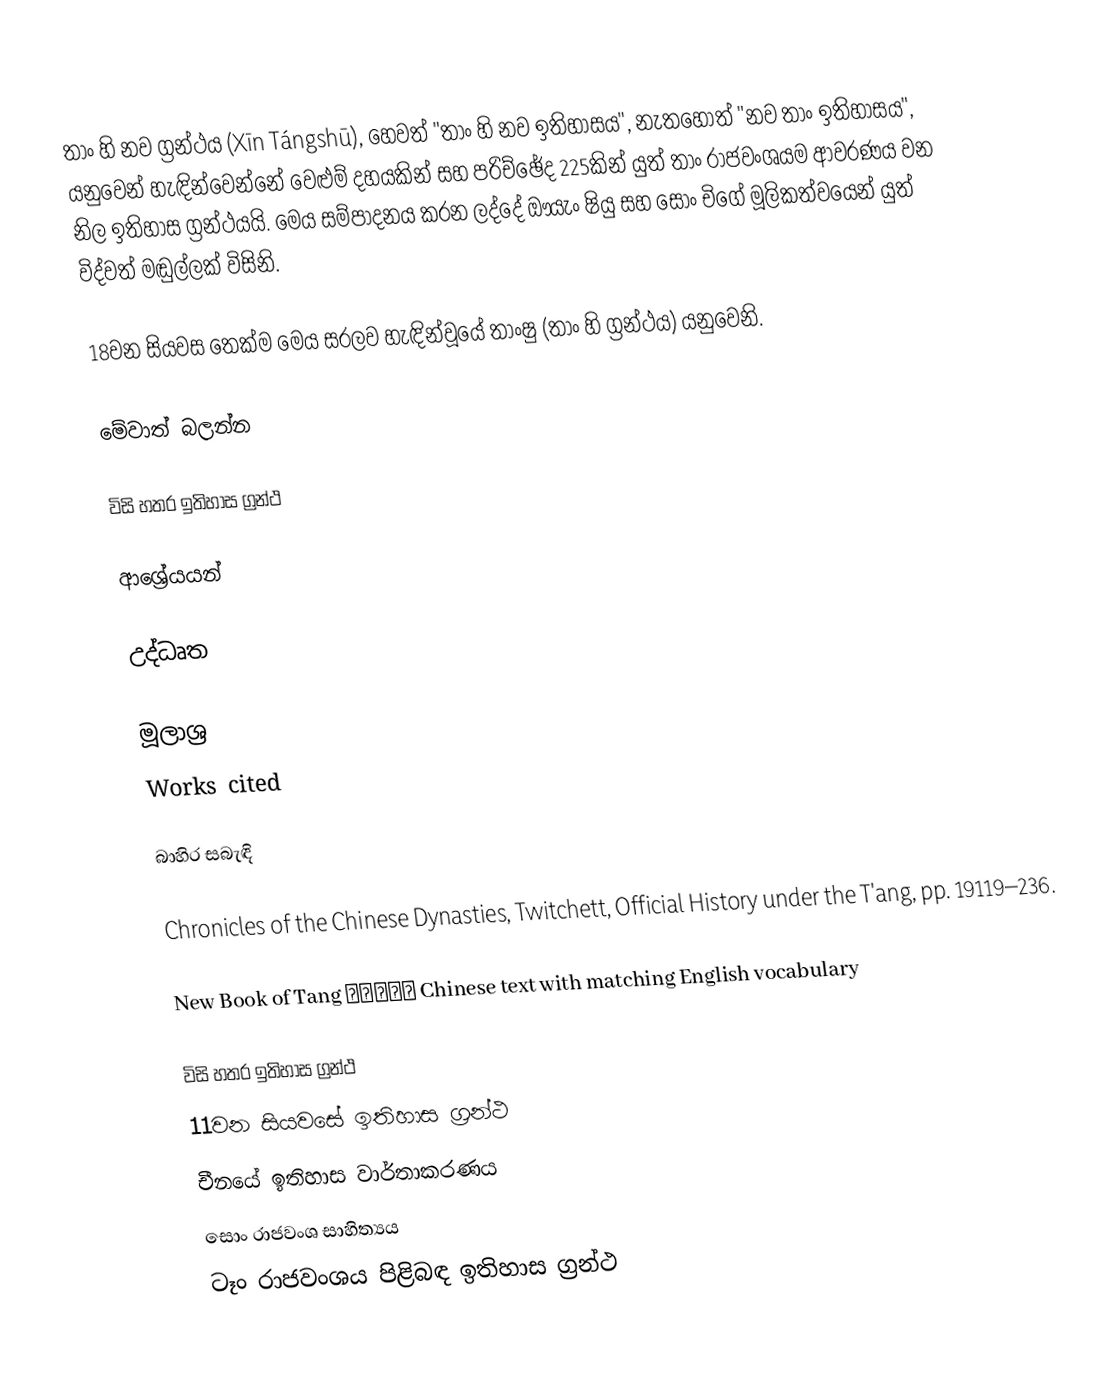
තාං හි නව ග්‍රන්ථය (Xīn Tángshū), හෙවත් "තාං හි නව ඉතිහාසය", නැතහොත් "නව තාං ඉතිහාසය", යනුවෙන් හැඳින්වෙන්නේ වෙළුම් දහයකින් සහ පරිච්ඡේද 225කින් යුත් තාං රාජවංශයම ආවරණය වන නිල ඉතිහාස ග්‍රන්ථයයි. මෙය සම්පාදනය කරන ලද්දේ ඖයැං ෂියු සහ සොං චිගේ මූලිකත්වයෙන් යුත් විද්වත් මඬුල්ලක් විසිනි.

18වන සියවස තෙක්ම මෙය සරලව හැඳින්වූයේ තාංෂු (තාං හි ග්‍රන්ථය) යනුවෙනි.

මේවාත් බලන්න

 විසි හතර ඉතිහාස ග්‍රන්ථ

ආශ්‍රේයයන්

උද්ධෘත

මූලාශ්‍ර
 Works cited

බාහිර සබැඳි

 Chronicles of the Chinese Dynasties, Twitchett, Official History under the T'ang, pp. 19119–236.

 New Book of Tang 《新唐書》 Chinese text with matching English vocabulary

විසි හතර ඉතිහාස ග්‍රන්ථ
11වන සියවසේ ඉතිහාස ග්‍රන්ථ
චීනයේ ඉතිහාස වාර්තාකරණය
සොං රාජවංශ සාහිත්‍යය
ටෑං රාජවංශය පිළිබඳ ඉතිහාස ග්‍රන්ථ